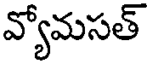
వ్యోమసత్